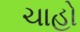
ચાહો